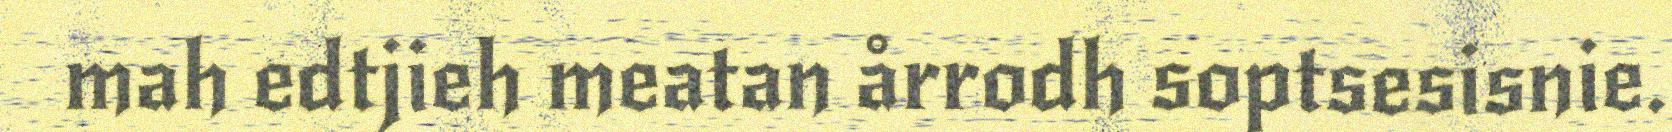
mah edtjieh meatan årrodh soptsesisnie.